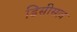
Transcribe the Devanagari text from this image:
डिसीसज़